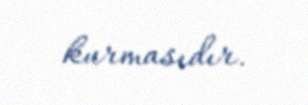
kurmasıdır.